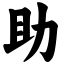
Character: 助